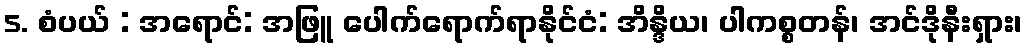
5. စံပယ် : အရောင်: အဖြူ ပေါက်ရောက်ရာနိုင်ငံ: အိန္ဒိယ၊ ပါကစ္စတန်၊ အင်ဒိုနီးရှား၊